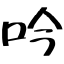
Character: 吟